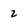
Character: z